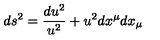
d s ^ { 2 } = { \frac { d u ^ { 2 } } { u ^ { 2 } } } + u ^ { 2 } d x ^ { \mu } d x _ { \mu }